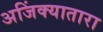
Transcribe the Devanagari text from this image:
अजिंक्यातारा